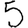
Digit: 5